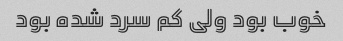
خوب بود ولی کم سرد شده بود